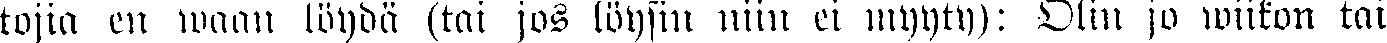
tojia en waan löydä (tai jos löysin niin ei myyty): Olin jo wiikon tai